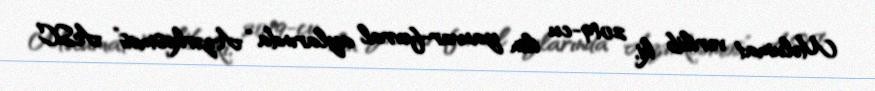
Məlumat verilib ki, 2019-cu ilin yanvar-fevral aylarında “Azərkosmos” ASC